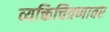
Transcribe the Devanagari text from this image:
व्यक्तिचित्रणावर